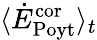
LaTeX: \langle\dot{E}_{\mathrm{Poyt}}^{\mathrm{cor}}\rangle_{t}